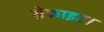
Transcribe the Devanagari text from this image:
ग्रेफाइट।